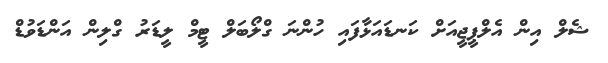
ޝެލް އިން އެލްޕީޖީއަށް ކަނޑައަޅާފައި ހުންނަ ގްލޯބަލް ޓީމް ލީޑަރު ގްލިން އަންޑަވުޑް